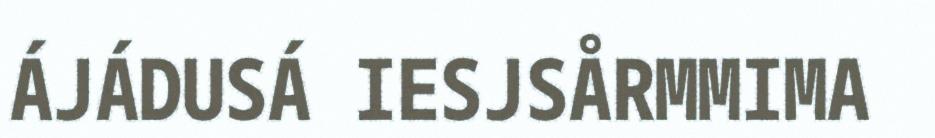
ÁJÁDUSÁ IESJSÅRMMIMA